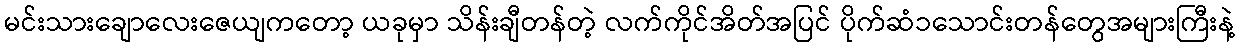
မင်းသားချောလေးဇေယျကတော့ ယခုမှာ သိန်းချီတန်တဲ့ လက်ကိုင်အိတ်အပြင် ပိုက်ဆံ၁သောင်းတန်တွေအများကြီးနဲ့